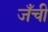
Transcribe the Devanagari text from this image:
जँची